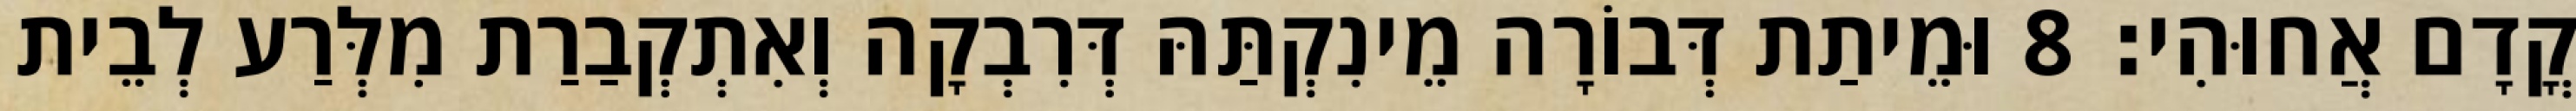
קֳדָם אֲחוּהִי׃ 8 וּמֵיתַת דְּבוֹרָה מֵינִקְתַּהּ דְּרִבְקָה וְאִתְקְבַרַת מִלְּרַע לְבֵית